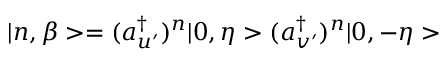
| n , \beta > = ( a _ { u ^ { \prime } } ^ { \dagger } ) ^ { n } | 0 , \eta > ( a _ { v ^ { \prime } } ^ { \dagger } ) ^ { n } | 0 , - \eta >